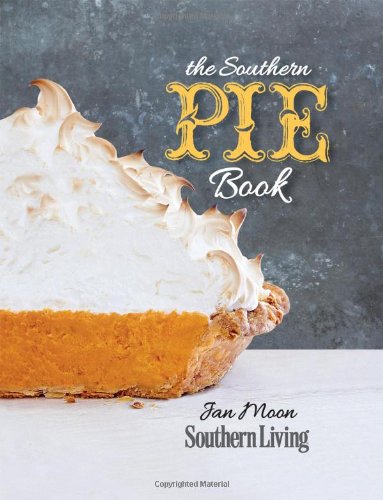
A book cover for The Southern Pie Book (Southern Living (Paperback Oxmoor)); Jan Moon; Cookbooks, Food & Wine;